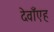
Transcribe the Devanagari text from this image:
देवाँएह